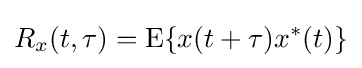
R_{x}(t,\tau )=\operatorname {E} \{x(t+\tau )x^{*}(t)\}